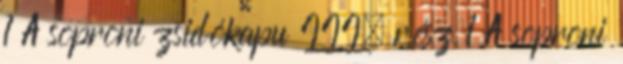
1 A soproni zsidókapu III. rész 1 A soproni